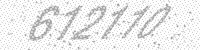
Solution: 612110